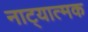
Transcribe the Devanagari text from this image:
नाट्यात्मक